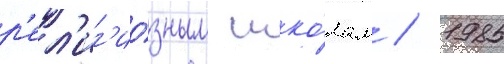
р'ел'иг'ио́зным шко́лам / 1985